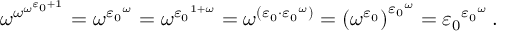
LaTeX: \omega ^ { \omega ^ { \omega ^ { \varepsilon _ { 0 } + 1 } } } = \omega ^ { { \varepsilon _ { 0 } } ^ { \omega } } = \omega ^ { { \varepsilon _ { 0 } } ^ { 1 + \omega } } = \omega ^ { ( \varepsilon _ { 0 } \cdot { \varepsilon _ { 0 } } ^ { \omega } ) } = { ( \omega ^ { \varepsilon _ { 0 } } ) } ^ { { \varepsilon _ { 0 } } ^ { \omega } } = { \varepsilon _ { 0 } } ^ { { \varepsilon _ { 0 } } ^ { \omega } } \, .